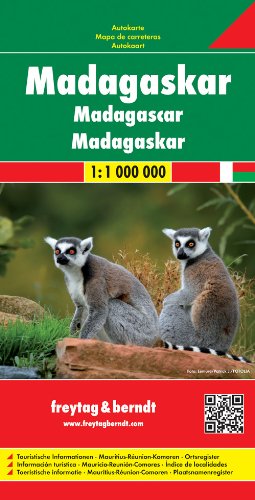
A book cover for Madagaskar : autokarte = Madagascar : mapa de carreteras = Madagaskar : autokaart; Freytag-Berndt und Artaria; Travel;